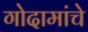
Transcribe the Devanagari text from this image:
गोदामांचे